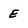
Character: E